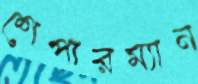
শেপারম্যান